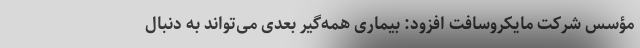
مؤسس شرکت مایکروسافت افزود: بیماری همه‌گیر بعدی می‌تواند به دنبال